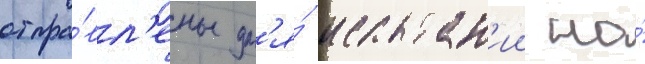
отпра́вл'ены дл'я́ испытан'ии на́